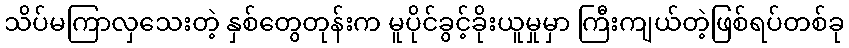
သိပ်မကြာလှသေးတဲ့ နှစ်တွေတုန်းက မူပိုင်ခွင့်ခိုးယူမှုမှာ ကြီးကျယ်တဲ့ဖြစ်ရပ်တစ်ခု